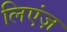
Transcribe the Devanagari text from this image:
लिएंज़